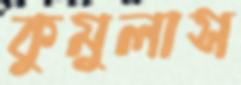
কুমুলাস